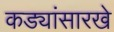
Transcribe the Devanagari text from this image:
कड्यांसारखे